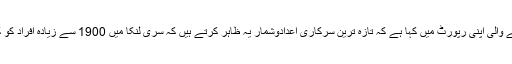
ایمنسٹی انٹرنیشنل نے بدھ کے روز جاری کی جانے والی اپنی رپورٹ میں کہا ہے کہ تازہ ترین سرکاری اعدادوشمار یہ ظاہر کرتے ہیں کہ سری لنکا میں 1900 سے زیادہ افراد کو کوئی مقدمہ چلائے بغیر حراست میں رکھا گیا ہے۔